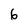
Character: 6